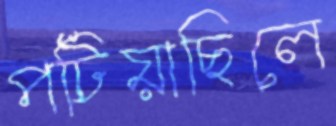
পটিয়াছিলে